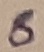
Text: 8